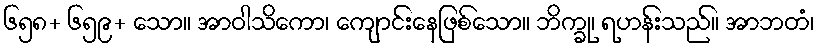
၆၅၈+ ၆၅၉+ သော။ အာဝါသိကော၊ ကျောင်းနေဖြစ်သော။ ဘိက္ခု၊ ရဟန်းသည်။ အာဘတံ၊